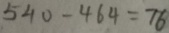
5 4 0 - 4 6 4 = 7 6